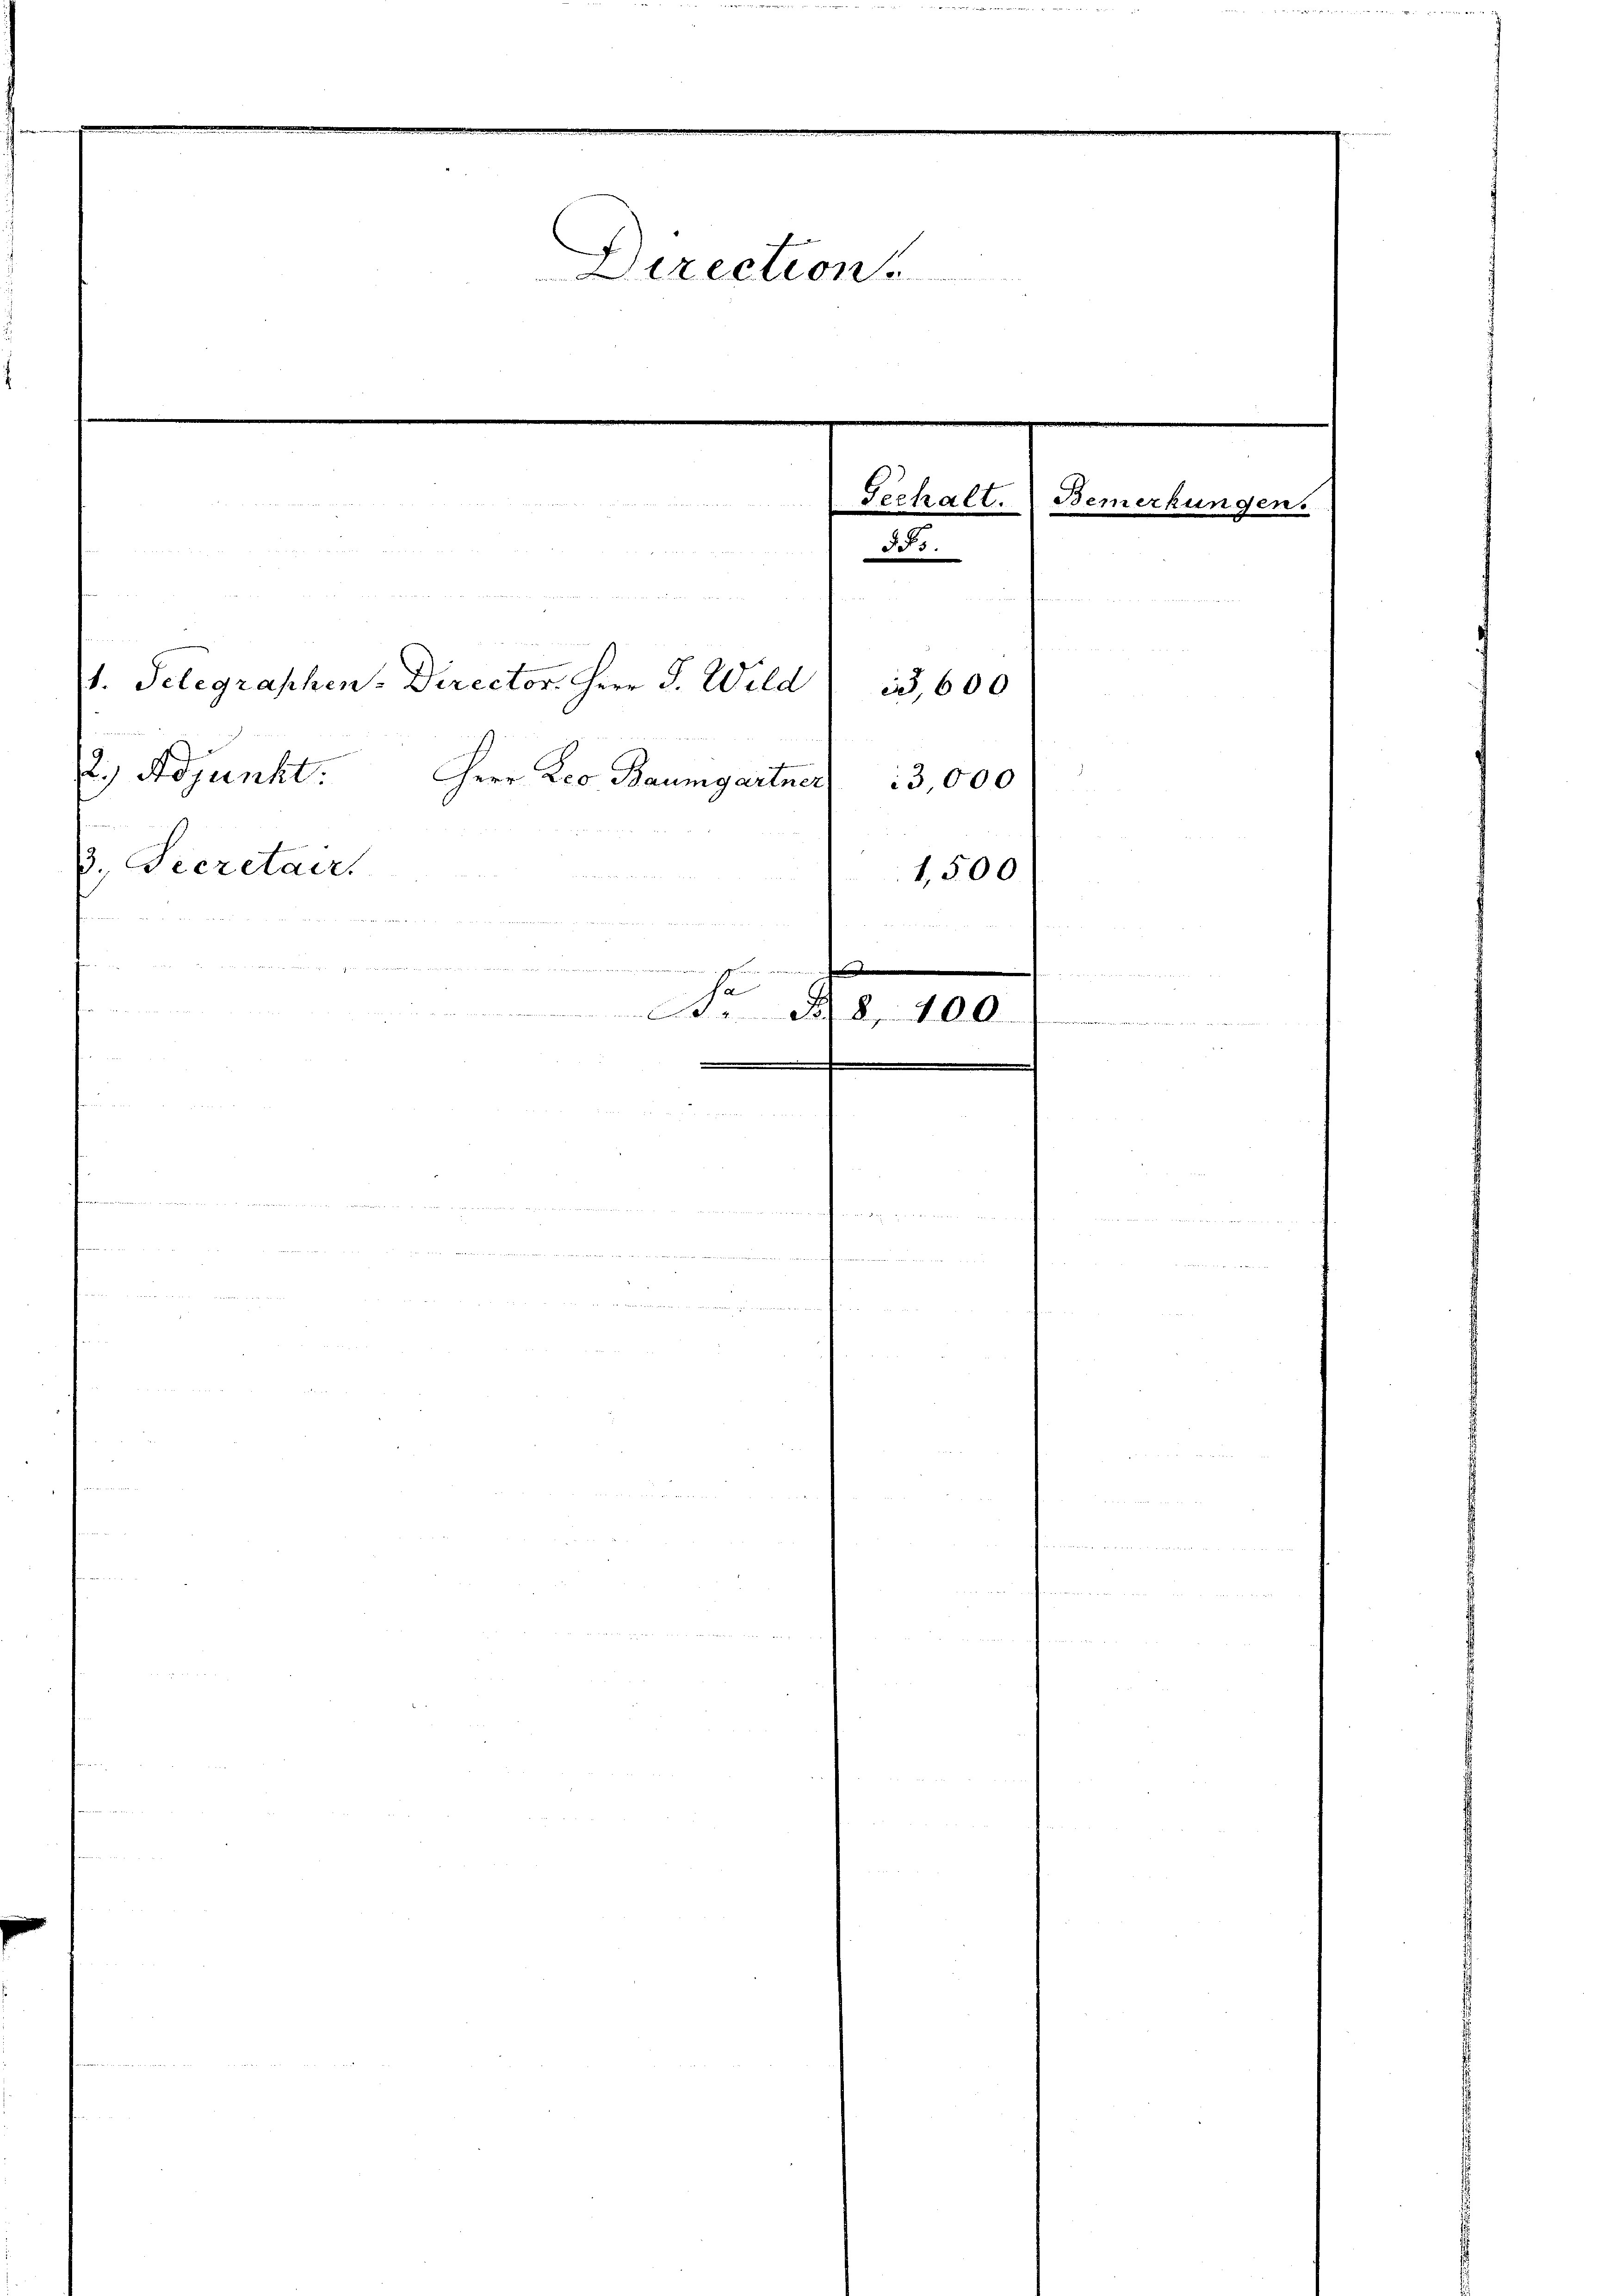
2.) Adjunkt.
3., Secretaer

Direction

1. Telegraphen- Director. Herr J. Wild

a

Herr Leo Baumgartner,
n
e
.
No 3.

1,500

Mandanten
 600
3000

33.

106